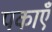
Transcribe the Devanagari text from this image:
पकाएँ